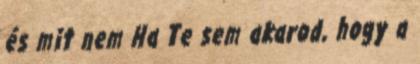
és mit nem Ha Te sem akarod, hogy a